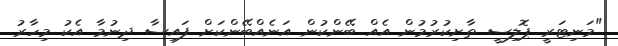
"މަނިޓަރީ ޕޮލިސީ ތާށިކުރުމުން އެއް ބޭންކުން އަނެއްބޭންކަށް ފައިސާ ދިނުމާ އެކު މިހާރު